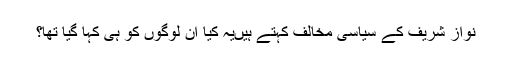
نواز شریف کے سیاسی مخالف کہتے ہیںیہ کیا ان لوگوں کو ہی کہا گیا تھا؟